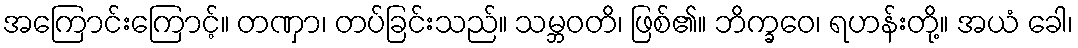
အကြောင်းကြောင့်။ တဏှာ၊ တပ်ခြင်းသည်။ သမ္ဘဝတိ၊ ဖြစ်၏။ ဘိက္ခဝေ၊ ရဟန်းတို့။ အယံ ခေါ၊